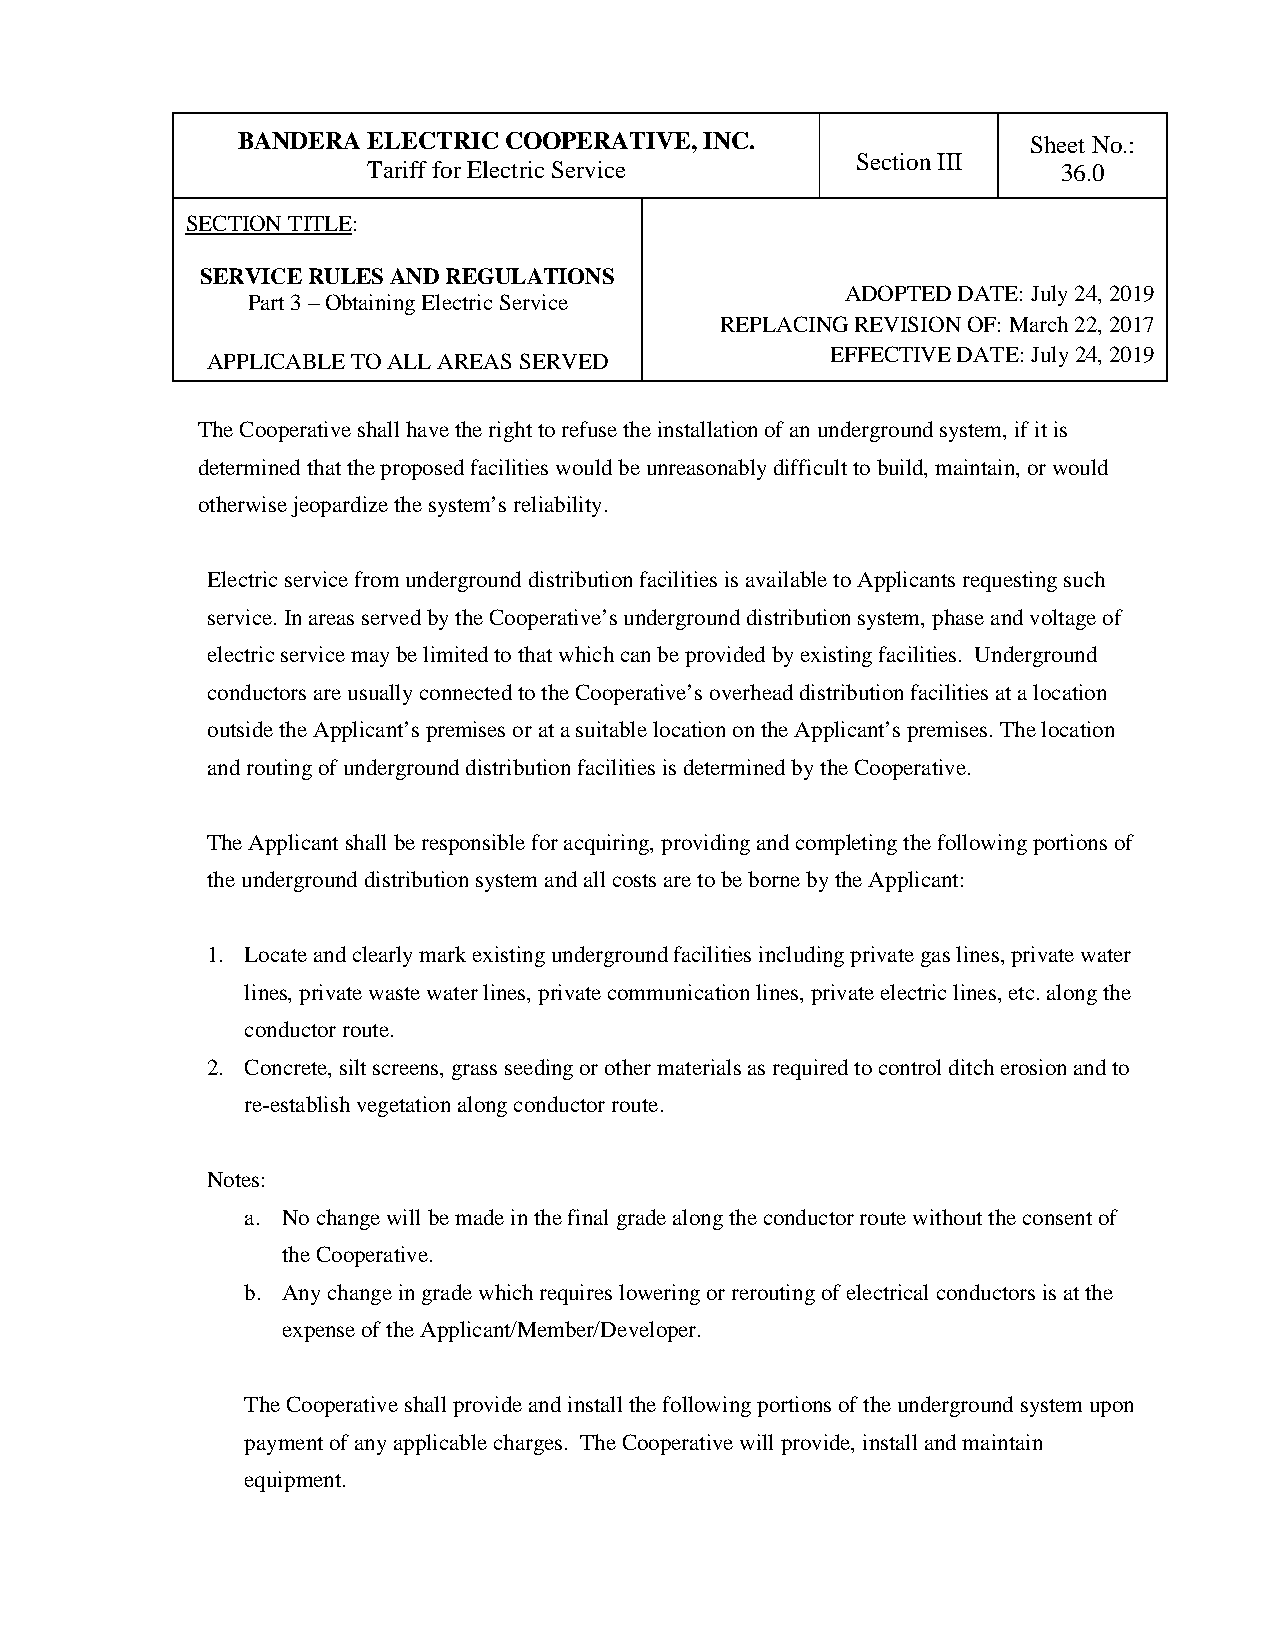
BANDERA ELECTRIC COOPERATIVE,  INC.                 Sheet No.:
 Section III
 Tariff for Electric Service                   36.0
 SECTION TITLE:
 SERVICE RULES AND REGULATIONS
 ADOPTED DATE: July 24, 2019
 Part 3 – Obtaining Electric Service
 REPLACING REVISION OF: March 22, 2017
 EFFECTIVE DATE: July 24, 2019
 APPLICABLE TO ALL AREAS SERVED
 The Cooperative shall have the right to refuse the installation of an underground system, if it is
 determined that the proposed facilities would be unreasonably difficult to build, maintain, or would
 otherwise jeopardize the system’s reliability.
 Electric service from underground distribution facilities is available to Applicants requesting such
 service. In areas served by the Cooperative’s underground distribution system, phase and voltage of
 electric service may be limited to that which can be provided by existing facilities. Underground
 conductors are usually connected to the Cooperative’s overhead distribution facilities at a location
 outside the Applicant’s premises or at a suitable location on the Applicant’s premises. The location
 and routing of underground distribution facilities is determined by the Cooperative.
 The Applicant shall be responsible for acquiring, providing and completing the following portions of
 the underground distribution system and all costs are to be borne by the Applicant:
 1. Locate and clearly mark existing underground facilities including private gas lines, private water
 lines, private waste water lines, private communication lines, private electric lines, etc. along the
 conductor route.
 2. Concrete, silt screens, grass seeding or other materials as required to control ditch erosion and to
 re-establish vegetation along conductor route.
 Notes:
 a. No change will be made in the final grade along the conductor route without the consent of
 the Cooperative.
 b. Any change in grade which requires lowering or rerouting of electrical conductors is at the
 expense of the Applicant/Member/Developer.
 The Cooperative shall provide and install the following portions of the underground system upon
 payment of any applicable charges. The Cooperative will provide, install and maintain
 equipment.